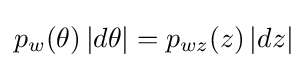
p_{w}(\theta )\,|d\theta |=p_{wz}(z)\,|dz|